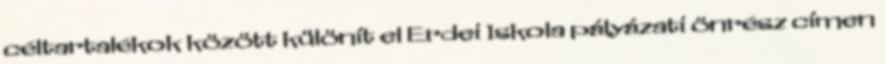
céltartalékok között különít el Erdei Iskola pályázati önrész címen